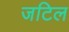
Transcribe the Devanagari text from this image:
जटिल